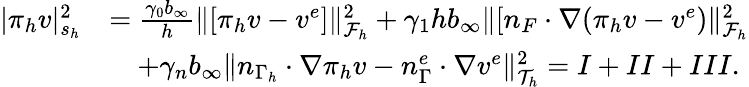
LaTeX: \begin{array}{rl}{|\pi_{h}v|_{s_{h}}^{2}}&{=\frac{\gamma_{0}b_{\infty}}{h}\| [\pi_{h}v-v^{e}]\| _{\mathcal{F}_{h}}^{2}+\gamma_{1}hb_{\infty}\| [n_{F}\cdot\nabla(\pi_{h}v-v^{e})\| _{\mathcal{F}_{h}}^{2}}\\ &{\quad+\gamma_{n}b_{\infty}\| n_{\Gamma_{h}}\cdot\nabla\pi_{h}v-n_{\Gamma}^{e}\cdot\nabla v^{e}\| _{\mathcal{T}_{h}}^{2}=I+II+III.}\end{array}